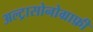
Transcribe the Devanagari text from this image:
अल्ट्रासोनोग्राफ़ी